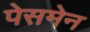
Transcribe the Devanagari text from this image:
पेसमेन